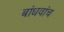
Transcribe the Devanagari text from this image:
बांधवांच